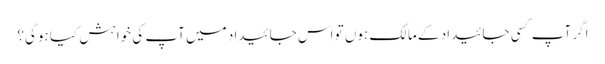
اگر آپ کسی جائیداد کے مالک ہوں تو اس جائیداد میں آپ کی خواہش کیا ہوگی؟